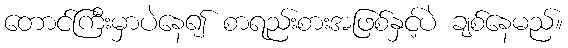
တောင်ကြီးမှာပဲနေ၍ စာရည်းစားအဖြစ်နှင့်ပဲ ချစ်နေမည်။